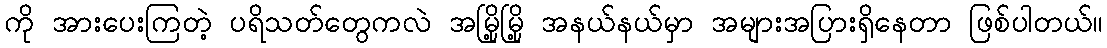
ကို အားပေးကြတဲ့ ပရိသတ်တွေကလဲ အမြို့မြို့ အနယ်နယ်မှာ အများအပြားရှိနေတာ ဖြစ်ပါတယ်။